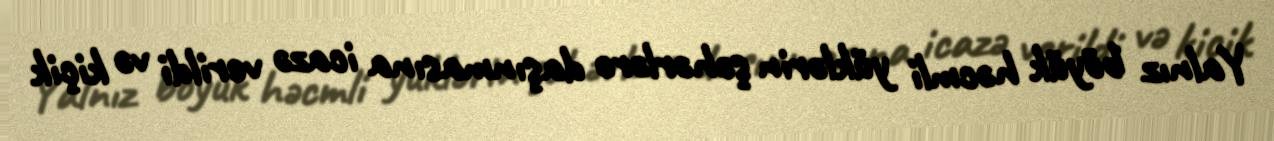
Yalnız böyük həcmli yüklərin şəhərlərə daşınmasına icazə verildi və kiçik